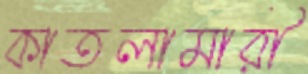
কাতলামারী